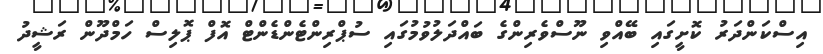
އިސްކަންދަރު ކޮށީގައި ބޭއްވި ނޫސްވެރިންގެ ބައްދަލުވުމުގައި ސުޕްރިންޓެންޑެންޓް އޮފް ޕޮލިސް ހަމްދޫން ރަޝީދު